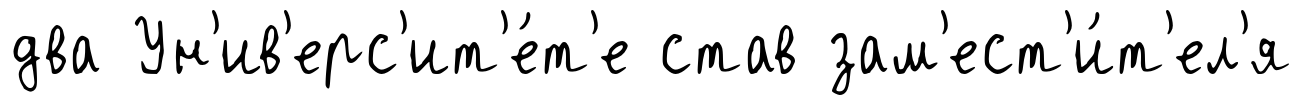
два Ун'ив'ерс'ит'е́т'е став зам'ест'и́т'ел'я